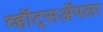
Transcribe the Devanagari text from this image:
व्हॉट्सॲपला